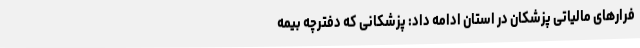
فرارهای مالیاتی پزشکان در استان ادامه داد: پزشکانی که دفترچه بیمه